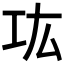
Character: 𰏊